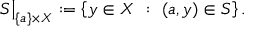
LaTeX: S { \big \vert } _ { \{ a \} \times X } : = \left\{ y \in X ~ : ~ ( a , y ) \in S \right\} .